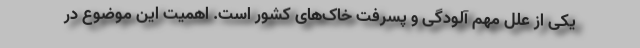
یکی از علل مهم آلودگی و پسرفت خاک‌های کشور است. اهمیت این موضوع در